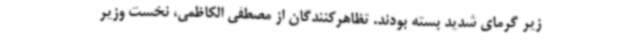
زیر گرمای شدید بسته‌ بودند. تظاهرکنندگان از مصطفی الکاظمی، نخست وزیر